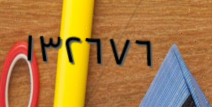
١٣٢٦٧٦